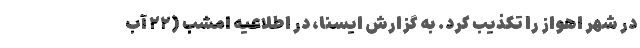
در شهر اهواز را تکذیب کرد. به گزارش ایسنا، در اطلاعیه امشب (۲۲ آب